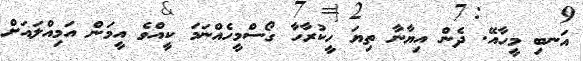
އަނބި މީހާއޭ. ދެން އިޔާނާ ތިޔަ ހީކުރާހާ ގޯސްމީހެއްނަމަ ކީއްވެ އީމަން އަމިއްލައަށް